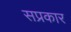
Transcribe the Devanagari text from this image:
सप्रकार